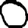
Digit: 0